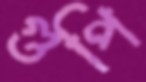
গুপি